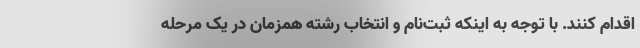
اقدام کنند. با توجه به اینکه ثبت‌نام و انتخاب رشته همزمان در یک مرحله